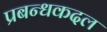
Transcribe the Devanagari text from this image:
प्रबन्धकदल